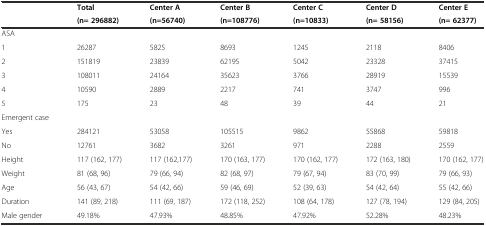
| <ROWSPAN=2>  | Total | Center A | Center B | Center C | Center D | Center E |
 | (n= 296882) | (n=56740) | (n=108776) | (n=10833) | (n= 58156) | (n= 62377) |
 | --- | --- | --- | --- | --- | --- | --- |
 | ASA |  |  |  |  |  |  |
 | 1 | 26287 | 5825 | 8693 | 1245 | 2118 | 8406 |
 | 2 | 151819 | 23839 | 62195 | 5042 | 23328 | 37415 |
 | 3 | 108011 | 24164 | 35623 | 3766 | 28919 | 15539 |
 | 4 | 10590 | 2889 | 2217 | 741 | 3747 | 996 |
 | 5 | 175 | 23 | 48 | 39 | 44 | 21 |
 | Emergent case |  |  |  |  |  |  |
 | Yes | 284121 | 53058 | 105515 | 9862 | 55868 | 59818 |
 | No | 12761 | 3682 | 3261 | 971 | 2288 | 2559 |
 | Height | 117 (162, 177) | 117 (162,177) | 170 (163, 177) | 170 (162, 177) | 172 (163, 180) | 170 (162, 177) |
 | Weight | 81 (68, 96) | 79 (66, 94) | 82 (68, 97) | 79 (67, 94) | 83 (70, 99) | 79 (66, 93) |
 | Age | 56 (43, 67) | 54 (42, 66) | 59 (46, 69) | 52 (39, 63) | 54 (42, 64) | 55 (42, 66) |
 | Duration | 141 (89, 218) | 111 (69, 187) | 172 (118, 252) | 108 (64, 178) | 127 (78, 194) | 129 (84, 205) |
 | Male gender | 49.18% | 47.93% | 48.85% | 47.92% | 52.28% | 48.23% |